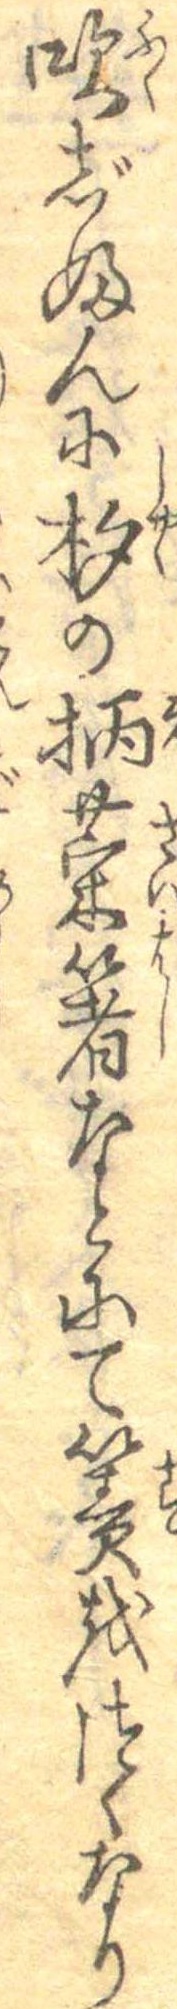
吹じふんに杓の柄菜箸なとにて簀をつくなり